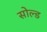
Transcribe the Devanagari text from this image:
सोल्‍ड